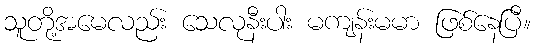
သူတို့အမေလည်း သေလုနီးပါး မကျန်းမမာ ဖြစ်နေပြီ။